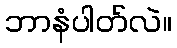
ဘာနံပါတ်လဲ။